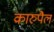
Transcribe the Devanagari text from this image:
कारुपैल